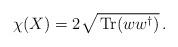
LaTeX: \begin{align*}\chi(X) = 2 \sqrt{\, {\rm Tr} (ww^{\dagger})}\, . \end{align*}